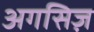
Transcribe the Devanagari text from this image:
अगसिज़